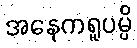
အနေကရူပမ္ပိ